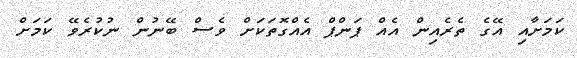
ކަމަށާއި އޭގެ ތެރެއިން އެއް ޕަންޕް އެއްގޮތަކަށް ވެސް ބޭނުން ނުކުރެވޭ ކަމަށް